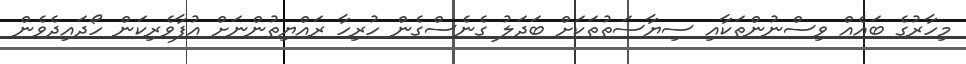
މިހާރުގެ ބައެއް ވިސްނުންތަކާއި ސިޔާސަތުތަކަށް ބަދަލު ގެނެސްގެން ހުރިހާ ރައްޔިތުންނަށް އުފާވެރިކަން ހޯދައިދެވެން